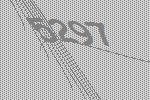
5297